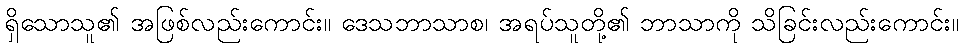
ရှိသောသူ၏ အဖြစ်လည်းကောင်း။ ဒေသဘာသာစ၊ အရပ်သူတို့၏ ဘာသာကို သိခြင်းလည်းကောင်း။